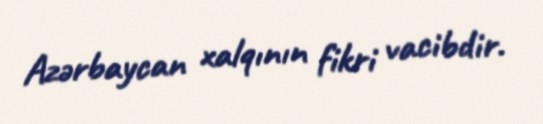
Azərbaycan xalqının fikri vacibdir.